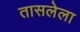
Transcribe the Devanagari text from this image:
तासलेला